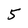
Character: 5